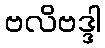
ဗလိဗဒ္ဒါ